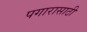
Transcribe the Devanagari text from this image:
पगारासाठी